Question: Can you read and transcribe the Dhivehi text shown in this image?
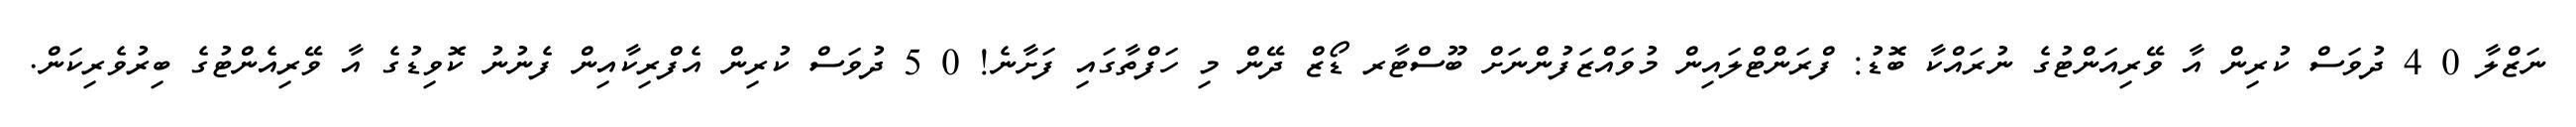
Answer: ނަޒްލާ 0 4 ދުވަސް ކުރިން އާ ވޭރިއަންޓުގެ ނުރައްކާ ބޮޑު: ފްރަންޓްލައިން މުވައްޒަފުންނަށް ބޫސްޓާރ ޑޯޒް ދޭން މި ހަފްތާގައި ފަށާނެ! 0 5 ދުވަސް ކުރިން އެފްރިކާއިން ފެނުނު ކޮވިޑުގެ އާ ވޭރިއެންޓުގެ ބިރުވެރިކަން.